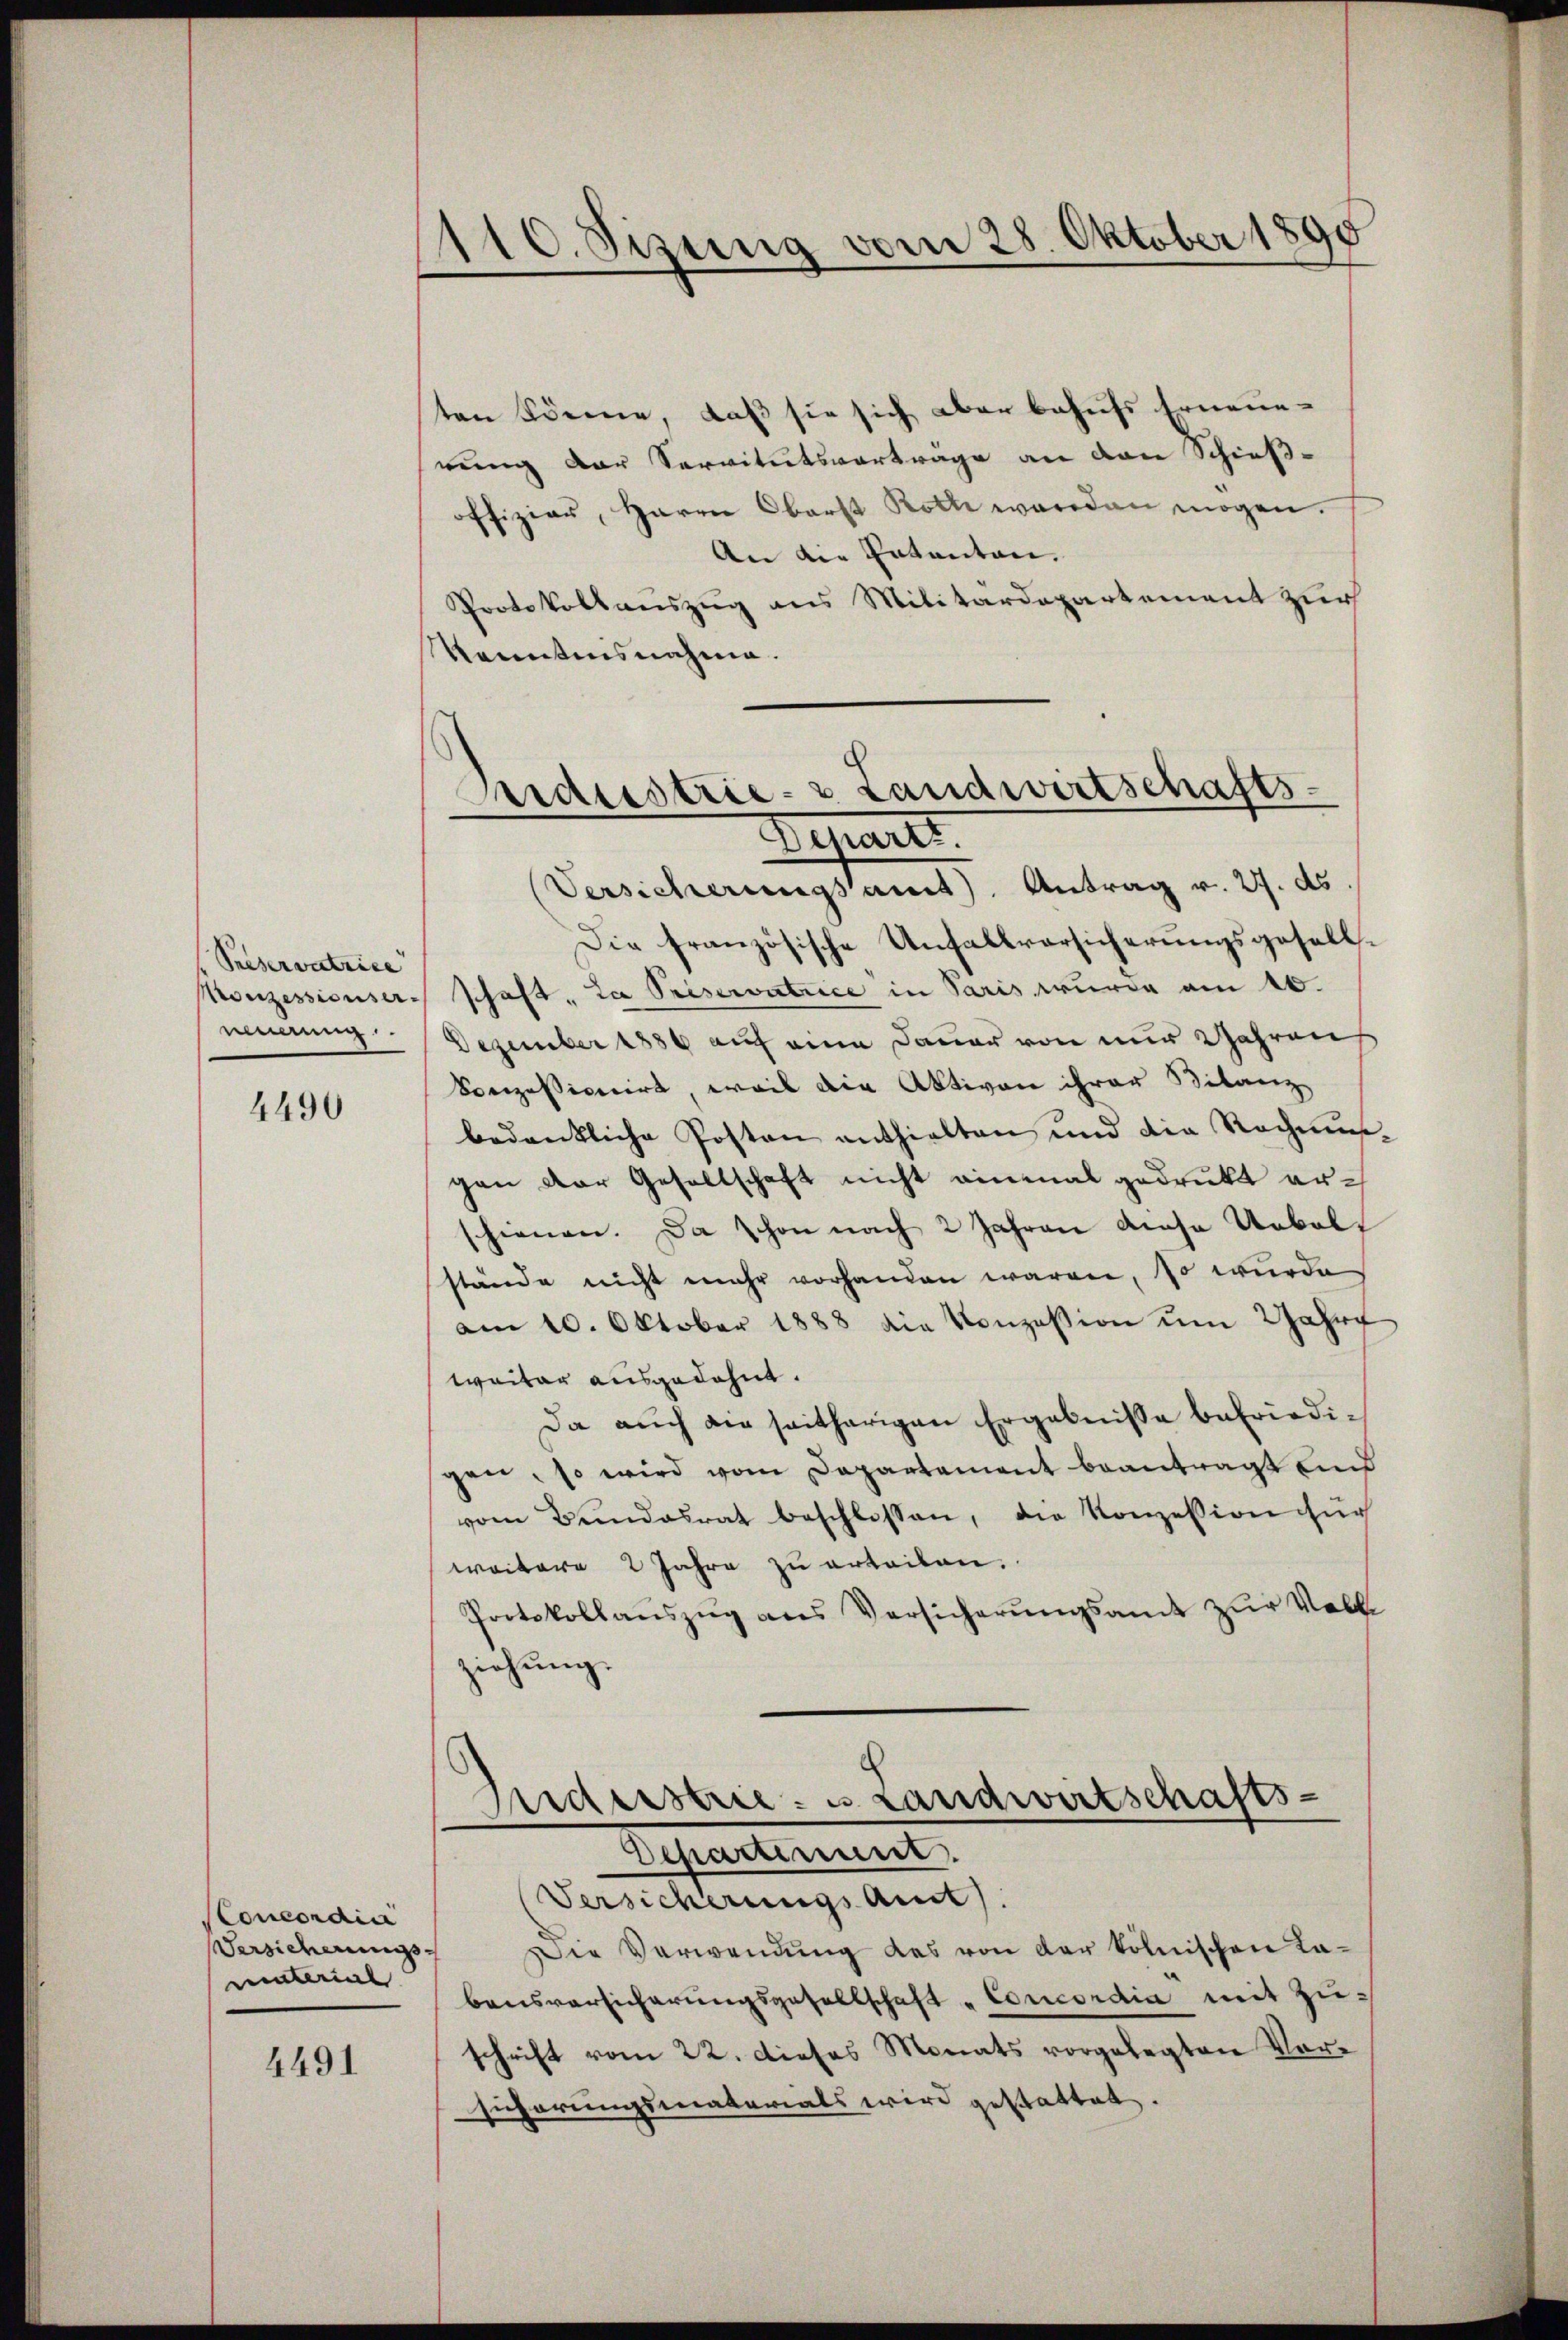
Selservatrice

4490

Concordia
Versicherungsuinterial

4491

110. Sizung vom 28. Oktober 1890

ten könne, daß sie sich aber behufs Erneuerung der Servitutsvertrage an den Schieß-
offizier, Herrn Oberst Roth werden mögen.
An die Patenten.
Protokollauszug aus Militärdepartement zur
Kenntnisnahme.

Andustrie- & Landwirtschafts-
Denart.

Versicherungsamt Antrag v. 27. ds.
Die französische Unfallvorsicherungsgesell¬
Konzessionser schaft, da Priservatrice in Paris wurde am 16.
nindung. Dezember 1886 auf eine Dauer von nur Jahren
Sonzessivicirt, weil die Aktiven ihrer Bilanz
bedenkliche Posten enthielten und die Rechnun-
gan der Gesellschaft nicht einmal gedruckt erschienen. Da schon nach 2 Jahren diese Uebelstände nicht mehr vorhanden waren, so wurde
am 10. Oktober 1888 die Konzession um Jahre
waitar ausgedehnt.
Da auch die seitherigen Ergebnisse befriedigen, so wird vom Departement beantragt und
vom Bŭndesrat beschlossen, die Konzession für
weitere 2 Jahre zŭ erteilen.
Protokollaŭszŭg ans Versicherŭngsamt zŭr Voll
ziehŭng.

Anderstrie- u. Landwirtschafts-
Departement.
(Versicherungs Amt

Die Verwendung des von der kölnischen Labensversicherungsgesellschaft „Concordia mit Zuschrift vom 22. dieses Monats vorgelegten Vorsucherungsmaterials wird gestattet.